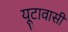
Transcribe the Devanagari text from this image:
यूटावासी